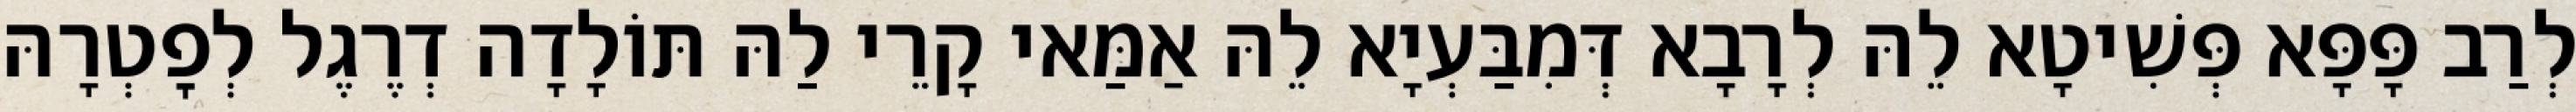
לְרַב פָּפָּא פְּשִׁיטָא לֵהּ לְרָבָא דְּמִבַּעְיָא לֵהּ אַמַּאי קָרֵי לַהּ תּוֹלָדָה דְרֶגֶל לְפׇטְרָהּ